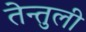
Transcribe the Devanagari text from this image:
तेन्तुली